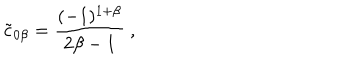
{ \tilde { c } } _ { 0 \beta } = { \frac { ( - 1 ) ^ { 1 + \beta } } { 2 \beta - 1 } } \ ,